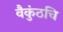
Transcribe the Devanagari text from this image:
वैकुंठचि